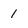
Character: 1